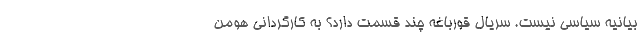
بیانیه سیاسی نیست. سریال قورباغه چند قسمت دارد؟ به کارگردانی هومن